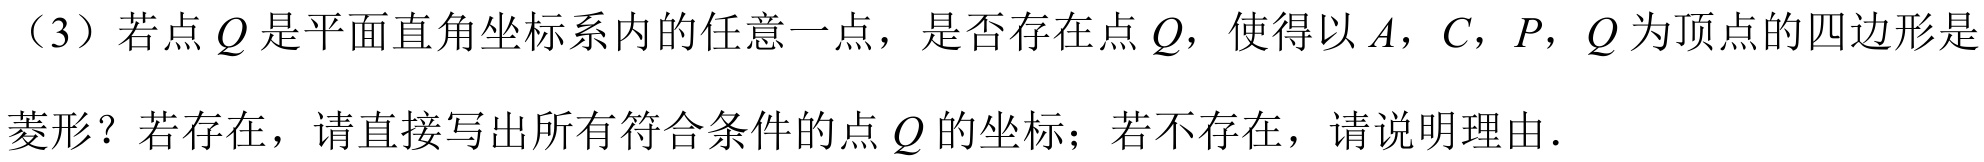
（3）若点$Q$是平面直角坐标系内的任意一点，是否存在点$Q$，使得以$A$，$C$，$P$，$Q$为顶点的四边形是

菱形？若存在，请直接写出所有符合条件的点$Q$的坐标；若不存在，请说明理由.